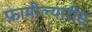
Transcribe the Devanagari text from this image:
फ़ामील्यारीस्